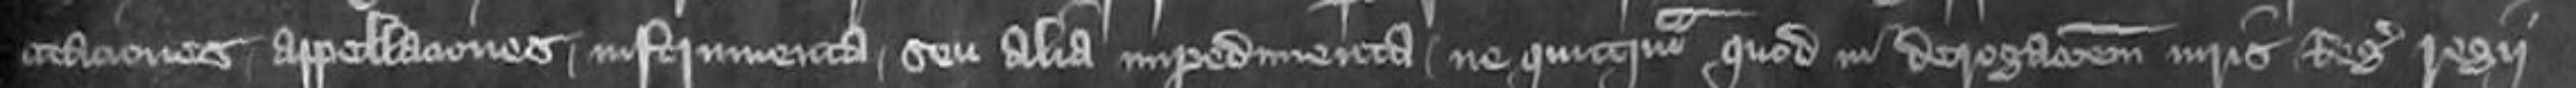
citationes appellationes instrumenta seu alia impedimenta ne quicquam quod in derogationem iuris Regis regii